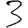
Digit: 3